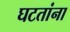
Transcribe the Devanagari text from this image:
घटतांना